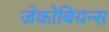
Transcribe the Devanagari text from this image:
जेकोबियन्स